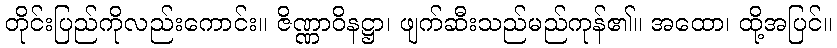
တိုင်းပြည်ကိုလည်းကောင်း။ ဇိဏ္ဏာဝိနဋ္ဌာ၊ ဖျက်ဆီးသည်မည်ကုန်၏။ အထော၊ ထို့အပြင်။